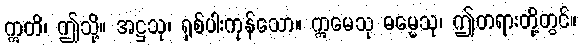
ဣတိ၊ ဤသို့။ အဋ္ဌသု၊ ရှစ်ပါးကုန်သော။ ဣမေသု ဓမ္မေသု၊ ဤတရားတို့တွင်။